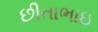
છીતાભાઇ